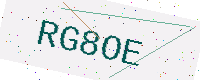
Text: RG8OE